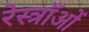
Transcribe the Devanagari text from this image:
रेस्त्राँओं